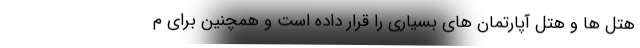
هتل ها و هتل آپارتمان های بسیاری را قرار داده است و همچنین برای م